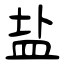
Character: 盐